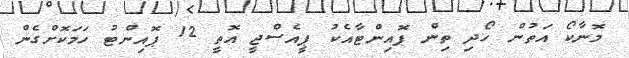
މޮނާކޯ އަތުން ހޯދި ތިން ޕޮއިންޓާއެކު ޕީއެސްޖީ އޮތީ 12 ޕޮއިންޓު ހަމަކޮށްގެން